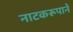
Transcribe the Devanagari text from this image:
नाटकरूपाने